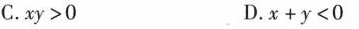
C.$$x y > 0$$ D.$$x + y < 0$$